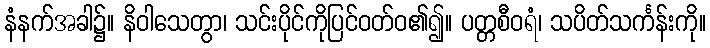
နံနက်အခါ၌။ နိဝါသေတွာ၊ သင်းပိုင်ကိုပြင်ဝတ်ဝ၏၍။ ပတ္တစီဝရံ၊ သပိတ်သင်္ကန်းကို။